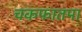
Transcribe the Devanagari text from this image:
चकफातमा